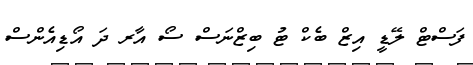
ފަސްޓް ލޭޑީ އިޒް ބެކް ޓު ބިޒްނަސް ސޯ އާރ ދަ އޯޑިއެންސް